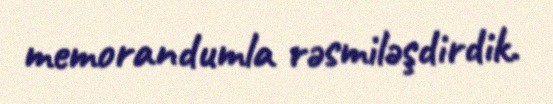
memorandumla rəsmiləşdirdik.